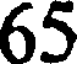
65